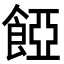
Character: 𩜄